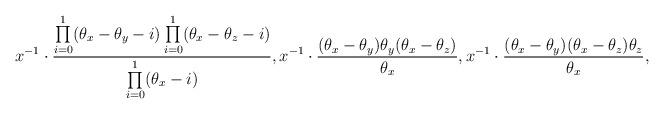
LaTeX: \begin{align*}x^{-1}\cdot \dfrac{\prod\limits_{i=0}^1(\theta_x-\theta_y-i)\prod\limits_{i=0}^1(\theta_x-\theta_z-i)}{\prod\limits_{i=0}^1(\theta_x-i)}, x^{-1}\cdot \dfrac{(\theta_x-\theta_y)\theta_y(\theta_x-\theta_z)}{\theta_x},x^{-1}\cdot \dfrac{(\theta_x-\theta_y)(\theta_x-\theta_z)\theta_z}{\theta_x},\end{align*}